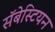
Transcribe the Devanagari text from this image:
सॅबेस्टियन